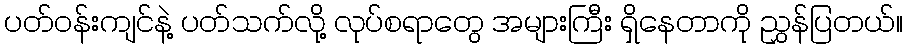
ပတ်ဝန်းကျင်နဲ့ ပတ်သက်လို့ လုပ်စရာတွေ အများကြီး ရှိနေတာကို ညွှန်ပြတယ်။